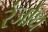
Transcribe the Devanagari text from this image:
रंजोध